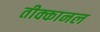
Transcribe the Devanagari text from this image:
तीक्कानल